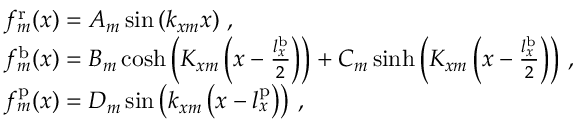
\begin{array} { r l } & { f _ { m } ^ { \mathrm { r } } ( x ) = A _ { m } \sin \left( k _ { x m } x \right) \, , } \\ & { f _ { m } ^ { \mathrm { b } } ( x ) = B _ { m } \cosh \left( K _ { x m } \left( x - \frac { l _ { x } ^ { \mathrm { b } } } { 2 } \right) \right) + C _ { m } \sinh \left( K _ { x m } \left( x - \frac { l _ { x } ^ { \mathrm { b } } } { 2 } \right) \right) \, , } \\ & { f _ { m } ^ { \mathrm { p } } ( x ) = D _ { m } \sin \left( k _ { x m } \left( x - l _ { x } ^ { \mathrm { p } } \right) \right) \, , } \end{array}